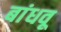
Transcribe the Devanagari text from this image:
बांधवू